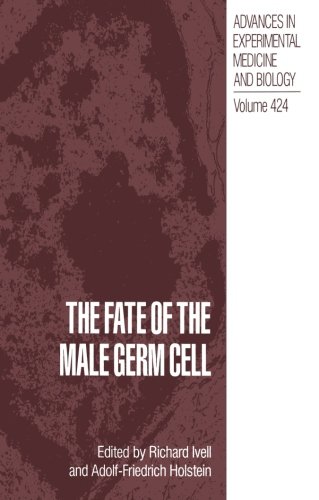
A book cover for The Fate of the Male Germ Cell (Advances in Experimental Medicine and Biology) (Volume 424); Medical Books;